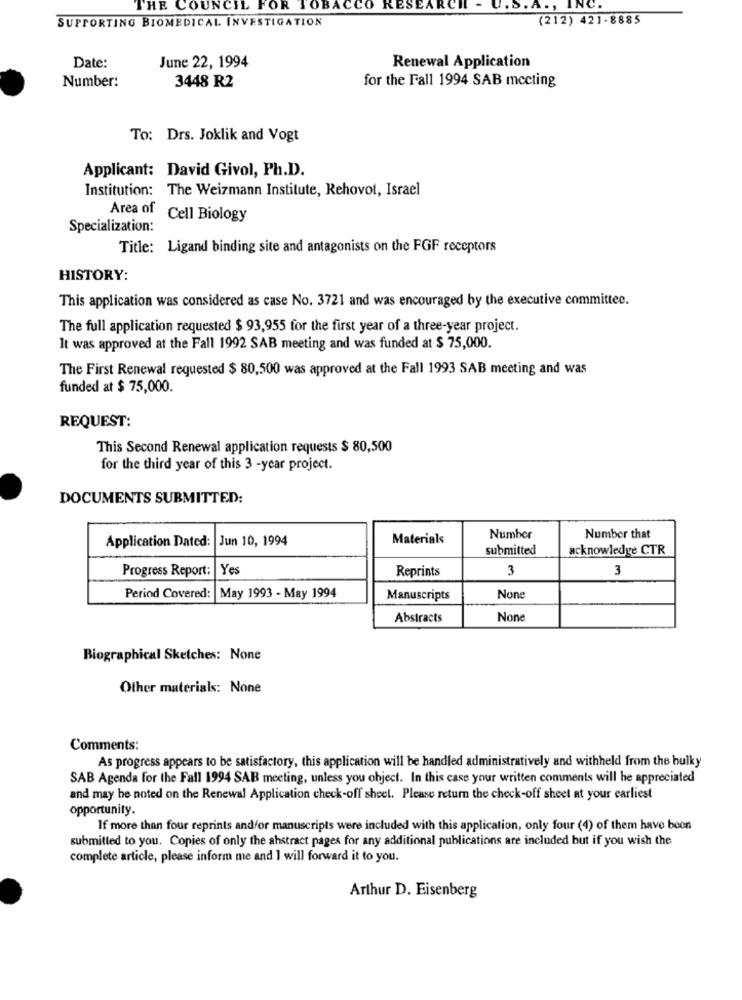
THE COUNCIL FOR TOBACCO
RES
ARCH - U.S. A ., INC.
(212) 421-8885
SUPPORTING BIOMEDICAL INVESTIGATION
Renewal Application
Date:
June 22, 1994
Number:
for the Fall 1994 SAB mccting
3448 R2
To: Drs. Joklik and Vogt
Applicant: David Givol, Ph.D.
Institution: The Weizmann Institute, Rehovot, Israel
Area of
Cell Biology
Specialization:
Title: Ligand binding site and antagonists on the FGF receptors
HISTORY:
This application was considered as case No. 3721 and was encouraged by the executive committee.
The full application requested $ 93,955 for the first year of a three-year project.
It was approved at the Fall 1992 SAB meeting and was funded at $ 75,000.
The First Renewal requested $ 80,500 was approved at the Fall 1993 SAB meeting and was
funded at $ 75,000.
REQUEST:
This Second Renewal application requests $ 80,500
for the third year of this 3 -year project.
DOCUMENTS SUBMITTED:
Application Dated:
Jun 10, 1994
Materials
Number
Number that
submitted
acknowledge CTR
Progress Report: Yes
Reprints
3
3
Period Covered: May 1993 - May 1994
Manuscripts
Abstracts
Biographical Sketches: None
Other materials: None
Comments:
As progress appears to be satisfactory, this application will be handled administratively and withheld from the bulky
SAB Agenda for the Fall 1994 SAB meeting, unless you object. In this case your written comments will he appreciated
and may be noted on the Renewal Application check-off sheet. Please return the check-off sheet at your earliest
opportunity.
If more than four reprints andfor manuscripts were included with this application, only four (4) of them have boon
submitted to you. Copies of only the abstract pages for any additional publications are included but if you wish the
complete article, please inform me and I will forward it to you.
Arthur D. Eisenberg